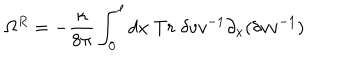
\Omega ^ { R } = - { \frac { \kappa } { 8 \pi } } \int _ { 0 } ^ { \ell } d x \; T r \; \delta v v ^ { - 1 } \partial _ { x } ( \delta v v ^ { - 1 } )